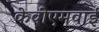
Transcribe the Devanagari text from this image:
केवीएमवाई